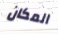
المكان